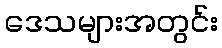
ဒေသများအတွင်း